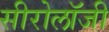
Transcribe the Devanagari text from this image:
सीरोलॉजी